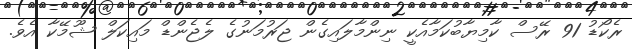
ރެކޯޑު 91 ރޭސް ކާމިޔާބުކަމާއެކީ ނިންމާލައިގެން ޖަރުމަނުގެ ލެޖެންޑް މައިކަލް ޝޫމޭކާ އެވެ.